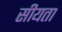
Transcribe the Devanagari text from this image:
सीयता